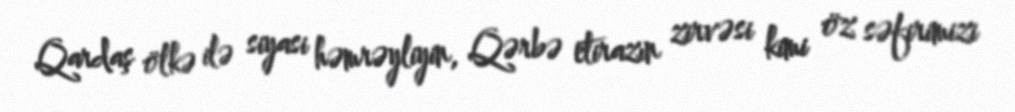
Qardaş ölkə ilə siyasi həmrəyliyin, Qərbə etirazın zirvəsi kimi öz səfirimizi